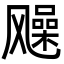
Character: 𩙰